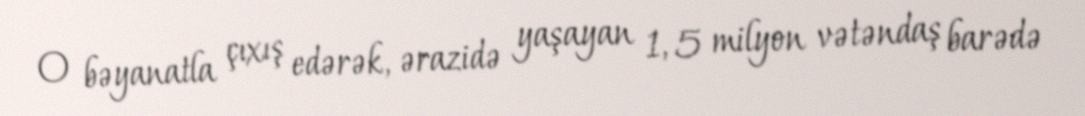
O bəyanatla çıxış edərək, ərazidə yaşayan 1, 5 milyon vətəndaş barədə